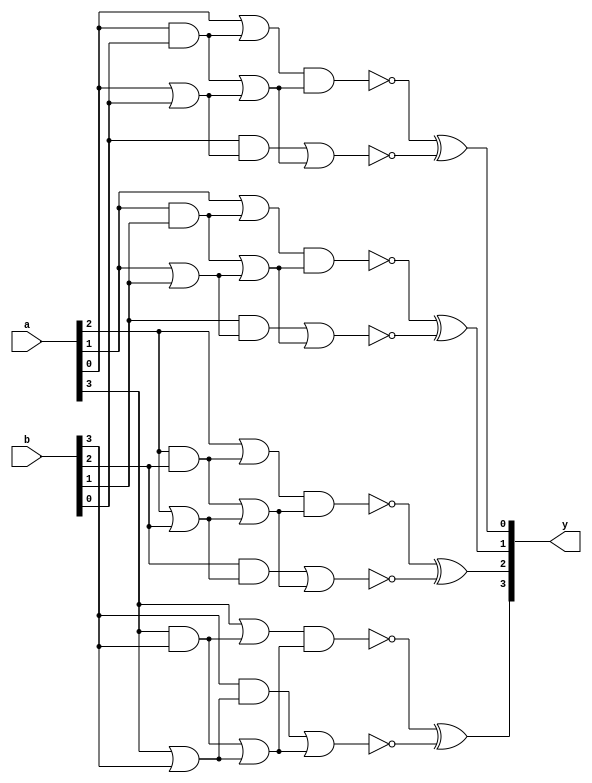
module ex4 (y,a,b);

	input [3:0] a,b;
	output [3:0] y;
	
	wire [31:0] w;
	
	and and_0(w[0],a[3],b[3]);
	or or_0(w[1],a[3],b[3]);
	or or_1(w[2],a[3],w[0]);
	and and_1(w[3],b[3],w[1]);
	or or_2(w[4],w[0],w[1]);
	nand nand_0(w[5],w[2],w[4]);
	nor nor_0(w[6],w[3],w[4]);
	xor xor_0(w[7],w[5],w[6]);
	
	assign y[3] = w[7];
	
	and and_00(w[8],a[2],b[2]);
	or or_00(w[9],a[2],b[2]);
	or or_11(w[10],a[2],w[8]);
	and and_11(w[11],b[2],w[9]);
	or or_22(w[12],w[8],w[9]);
	nand nand_00(w[13],w[10],w[12]);
	nor nor_00(w[14],w[11],w[12]);
	xor xor_00(w[15],w[13],w[14]);
	
	assign y[2] = w[15];
	
	and and_000(w[16],a[1],b[1]);
	or or_000(w[17],a[1],b[1]);
	or or_111(w[18],a[1],w[16]);
	and and_111(w[19],b[1],w[17]);
	or or_222(w[20],w[16],w[17]);
	nand nand_000(w[21],w[18],w[20]);
	nor nor_000(w[22],w[19],w[20]);
	xor xor_000(w[23],w[21],w[22]);
	
	assign y[1] = w[23];
	
	and and_0000(w[24],a[0],b[0]);
	or or_0000(w[25],a[0],b[0]);
	or or_1111(w[26],a[0],w[24]);
	and and_1111(w[27],b[0],w[25]);
	or or_2222(w[28],w[24],w[25]);
	nand nand_0000(w[29],w[26],w[28]);
	nor nor_0000(w[30],w[27],w[28]);
	xor xor_0000(w[31],w[29],w[30]);
	
	assign y[0] = w[31];
	
endmodule